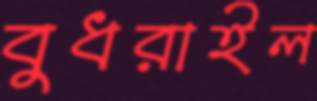
বুধরাইল